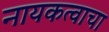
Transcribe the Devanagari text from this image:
नायकत्वाचा